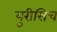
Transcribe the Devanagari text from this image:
युरीसिच